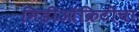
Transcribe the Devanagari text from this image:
मिडीऑक्रिटीचा